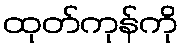
ထုတ်ကုန်ကို